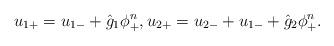
LaTeX: \begin{gather*}u_{1+} = u_{1-} + \hat{g}_1 \phi_+^n, u_{2+} = u_{2-} + u_{1-} + \hat{g}_2 \phi_+^n.\end{gather*}